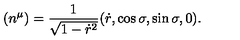
( n ^ { \mu } ) = \frac { 1 } { \sqrt { 1 - \dot { r } ^ { 2 } } } ( \dot { r } , \cos { \sigma } , \sin { \sigma } , 0 ) .